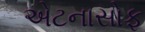
એટનાસોફ